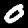
Label: 0